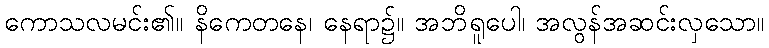
ကောသလမင်း၏။ နိကေတနေ၊ နေရာ၌။ အဘိရူပေါ၊ အလွန်အဆင်းလှသော။